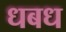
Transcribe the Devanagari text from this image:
धबध